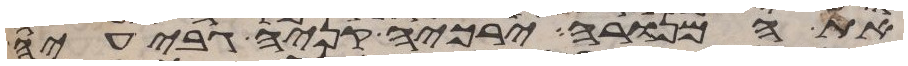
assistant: את המנורה ירכיה קניה גביעיה